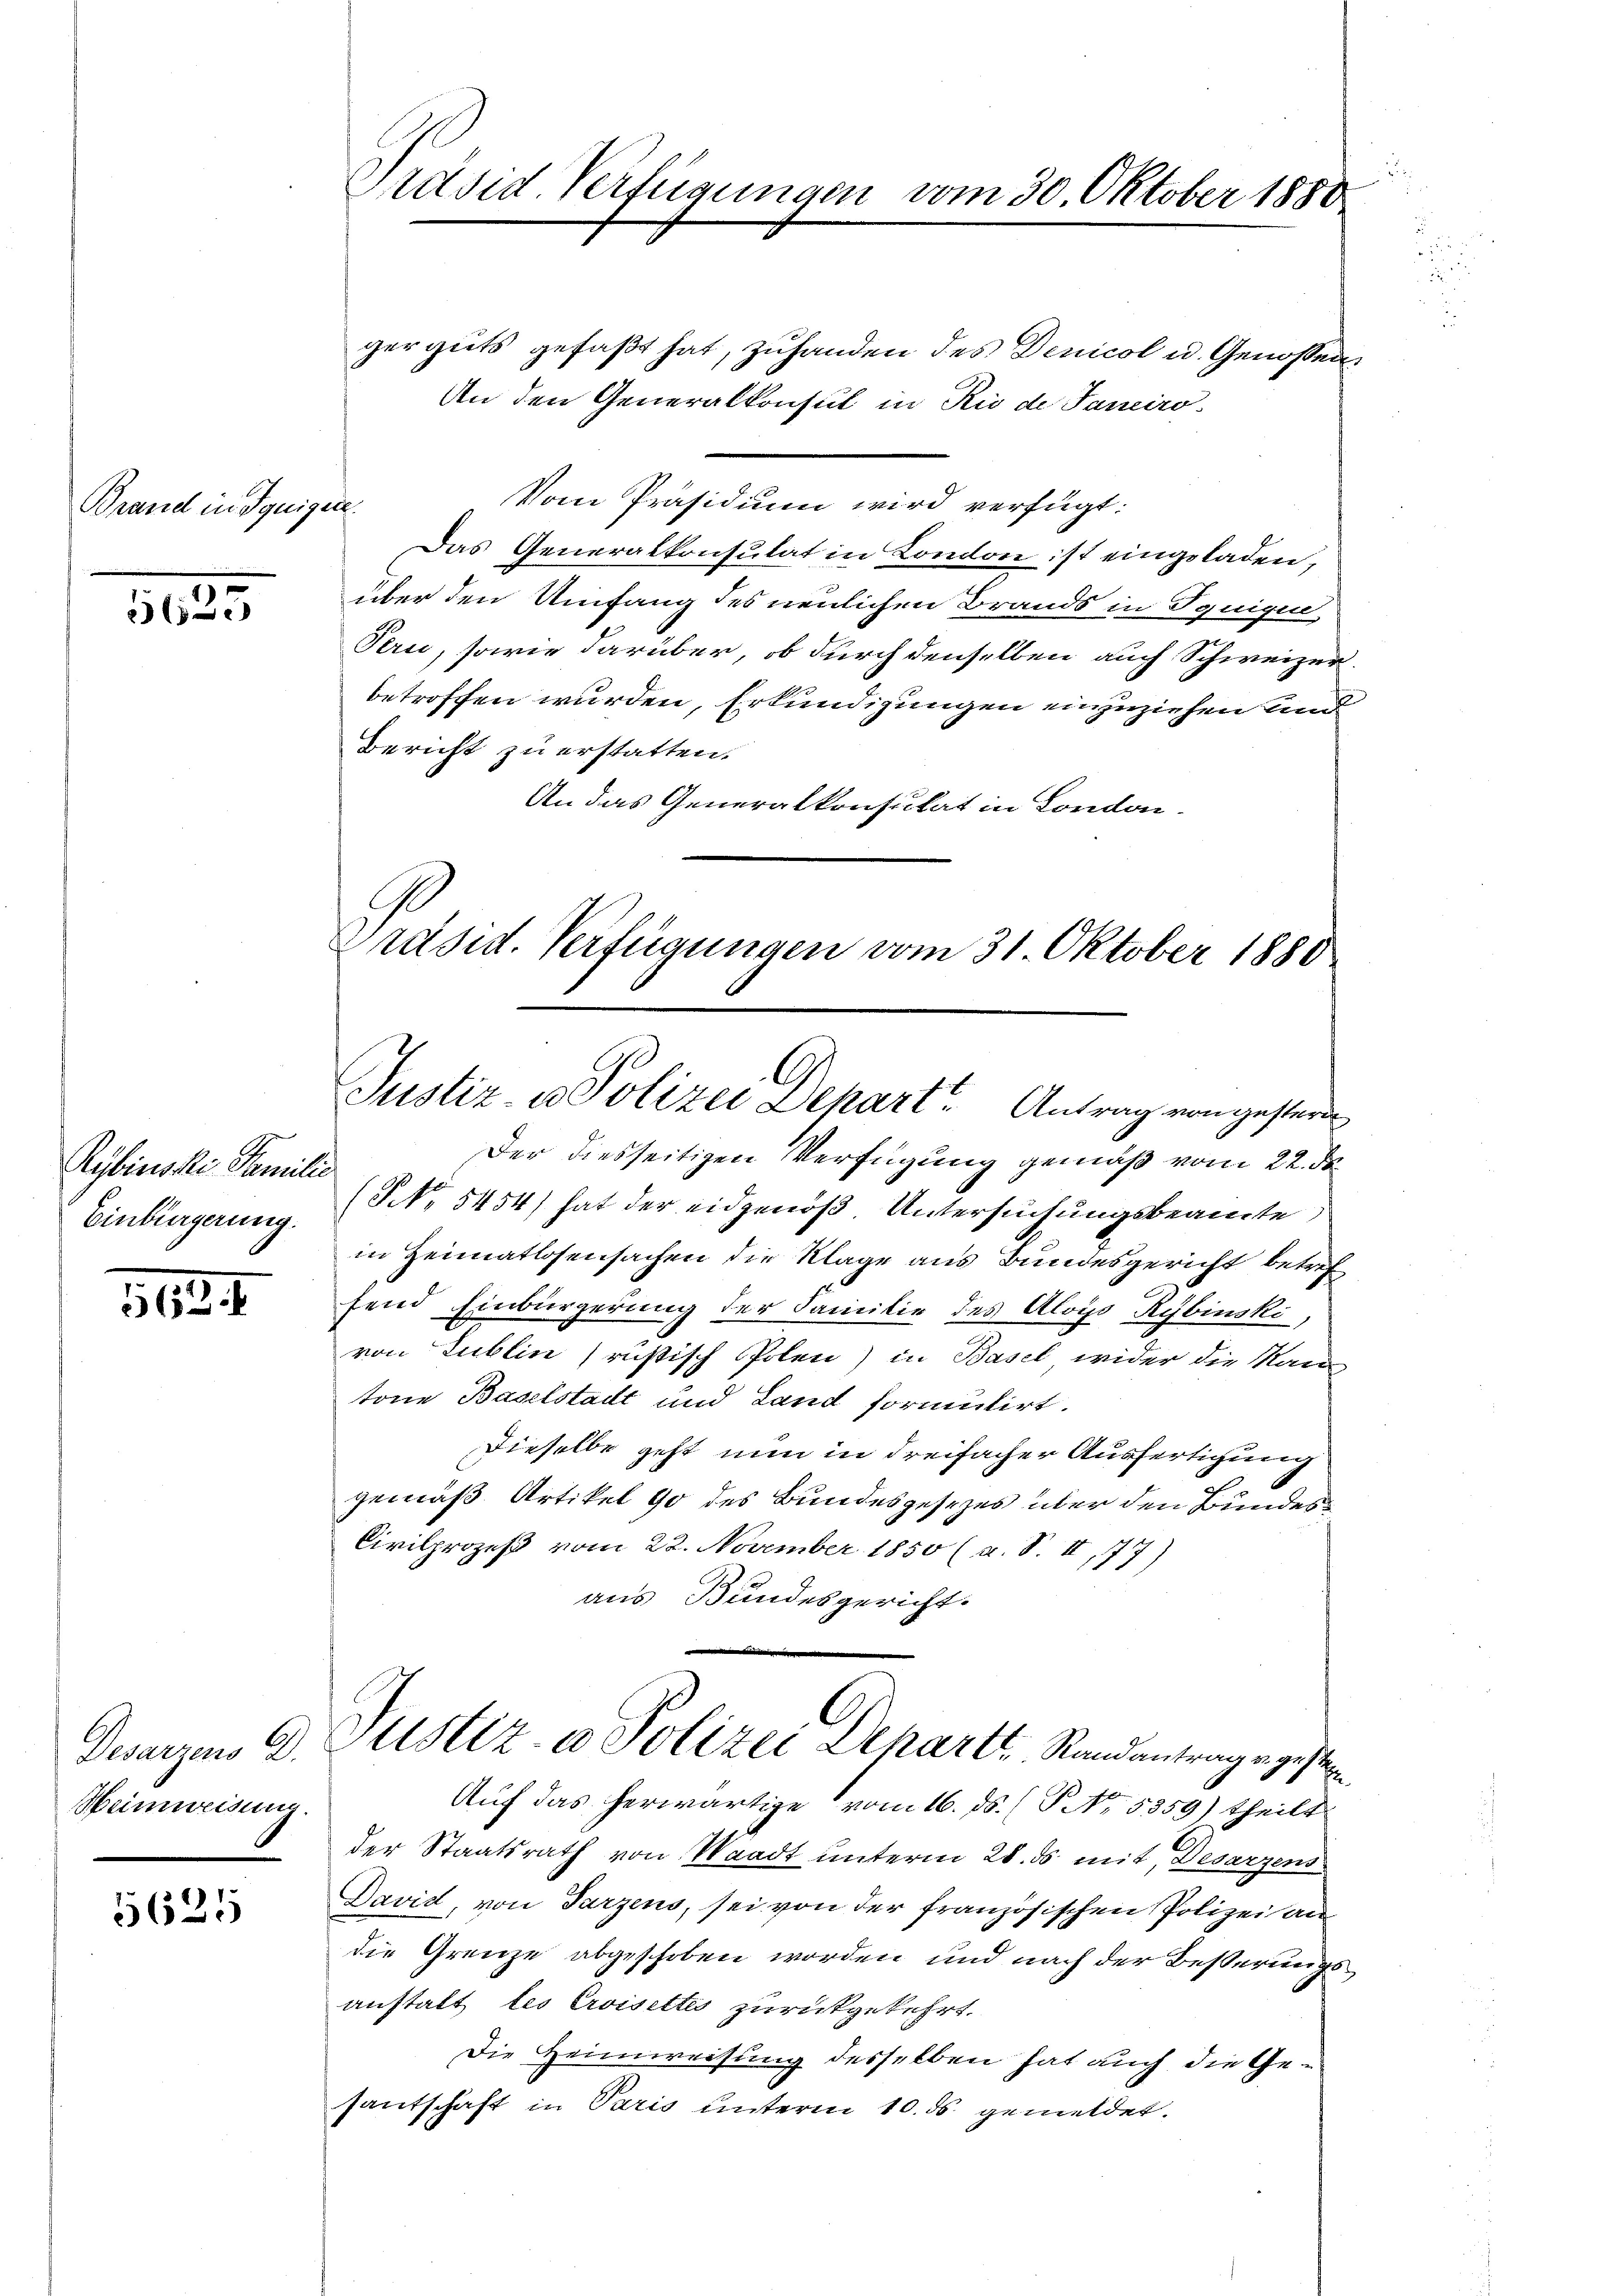
Brand in Ignige

305

Rybinski Familie
Einbürgerung.

364.

Heimweisung.

5625

Präsid. Verfügungen vom 30. Oktober 1880

f.

Präsid. Verfügungen vom 31. Oktober 1880
Justiz- u Polizei Depart. Antrag von gesterne

gerguts gefaßt hat, zuhanden des Denicol u. Genossen.
An den Generalkonsul in Rio de Janeiro
Vom Präsidium wird verfügt:
Das Generalkonsulat in London ist eingeladen,
über den Umfang des neulichen Brands in Synigen
Pern, sowie darüber, ob durch denselben auch Schweizer
betroffen wurden, Erkundigungen einzuziehen und
Bericht zu erstatten.
An das Generalkonsulat in London-
Der diesseitigen Verfügung gemäß vom 22. ds.
(NNo. 5454) hat der eidgenöß Untersuchungsbeamte,
in Heimatlosensachen die Klage aus Bundesgericht betref
fend Einbürgerung der Familie des Aloys Rybinski,
von Publin rustisch Polen) in Basel wider die Nan
tone Baselstadt und Land formulirt.
Dieselbe geht nun in dreifacher Ausfertigung
gemäß Artikel 90 des Bundesgesezes über den Bundes¬
Civilprozeß vom 22. November 1850 (a. S. II, 77)
aus Bundesgericht.
Dwarzen d. Justiz- u Polizei Departe, Standentrage gesten
Auf das herwärtige vom 16. ds. (T No. 5359) theilt
der Staatsrath von Waadt unterm 28. ds mit, Desarzens
David, von Parzens, sei von der französischen Polizei an
die Grenze abgeschoben worden und nach der Besserungsanstalt les Eroisettes zurückgekehrt.
Die Heimweisung desselben hat auch die Gesantschaft in Paris unterm 10. ds gemeldet.